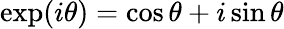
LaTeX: \exp(i\theta)=\cos\theta+i\sin\theta